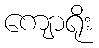
ကျောရိုး